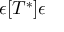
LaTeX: \epsilon [ T ^ { * } ] \epsilon